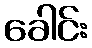
ခေါင်း